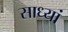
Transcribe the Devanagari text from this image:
साध्यां